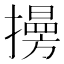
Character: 𢶔